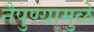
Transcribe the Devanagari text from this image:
नैपुण्यामुळे